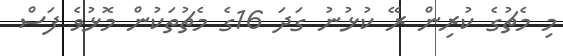
މި މެޗުގެ ކުރިން ރޭ ކުޅުނު ގަދަ 16ގެ މެޗުތަކުން މޮޅުވެ ފަސް